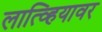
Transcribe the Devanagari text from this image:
लात्व्हियावर